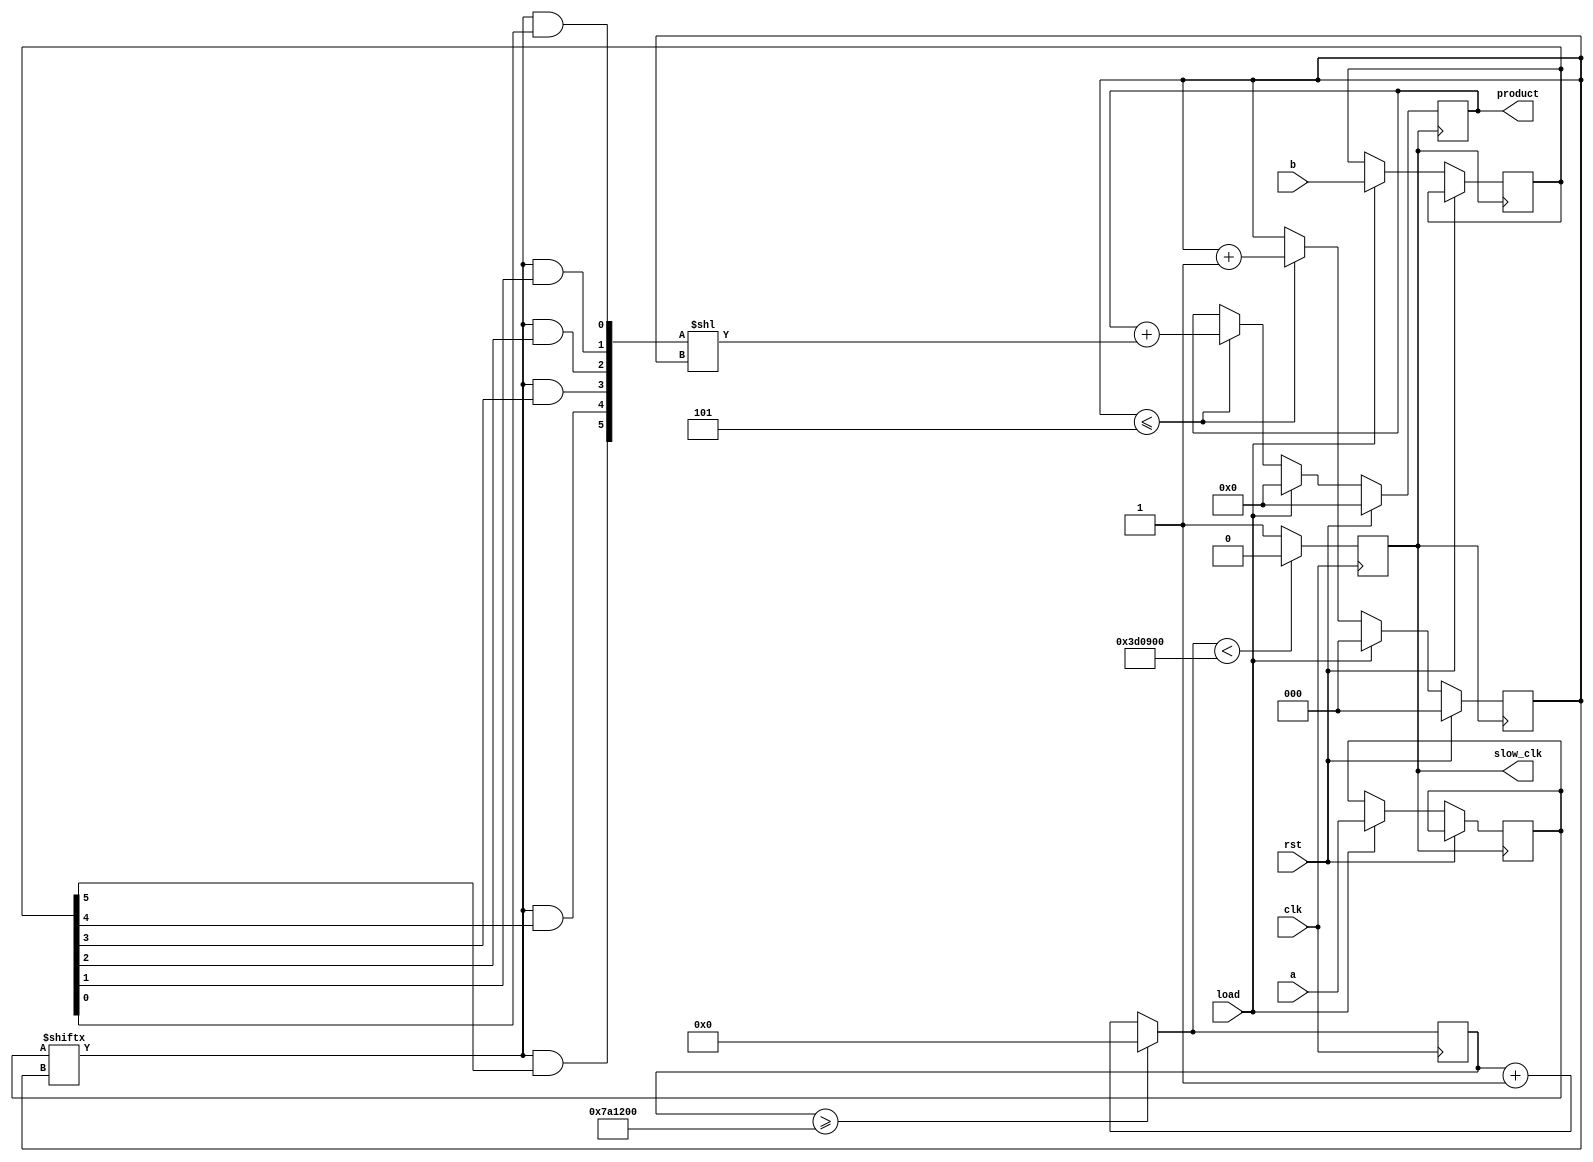
`timescale 1ns / 1ps
//////////////////////////////////////////////////////////////////////////////////
// Company: 
// Engineer: 
// 
// Design Name: 
// Module Name:    unsigned_seq_mul_LS 
// Project Name: 
// Target Devices: 
// Tool versions: 
// Description: 
//
// Dependencies: 
//
// Revision: 
// Revision 0.01 - File Created
// Additional Comments: 
//
//////////////////////////////////////////////////////////////////////////////////
module unsigned_seq_mul_LS(
    input clk,
    input rst,
    input load,
    input [5:0]a,
    input [5:0]b,
    output reg [11:0]product,
	 output reg slow_clk
    );
reg [5:0]la,lb;
reg [2:0]counter=0;
reg [11:0] temp;	
reg [32:0]mcounter=0;

always @(posedge clk)
    begin
        mcounter = (mcounter>=8000000)?0:mcounter+1;
        slow_clk = (mcounter < 4000000)?1'b0:1'b1;
    end
always @(posedge slow_clk)
begin
	if(rst==1)
	begin
		product=0;
		counter=0;
	end
	else if(load==1)
	begin
		product=0;
		counter=0;
		la=a[5:0];
		lb=b[5:0];
	end
	else if(counter<=5)
	begin	
		temp[11:6]=6'b000000;
		temp[5]=la[counter]&lb[5];
		temp[4]=la[counter]&lb[4];
		temp[3]=la[counter]&lb[3];
		temp[2]=la[counter]&lb[2];
		temp[1]=la[counter]&lb[1];
		temp[0]=la[counter]&lb[0];
		temp=temp<<counter;
		product=product+temp;
		counter=counter+1;
	end
end



endmodule